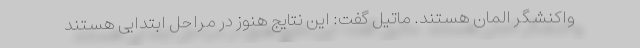
واکنشگر المان هستند. ماتیل گفت: این نتایج هنوز در مراحل ابتدایی هستند